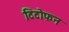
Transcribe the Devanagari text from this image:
टिटोफन